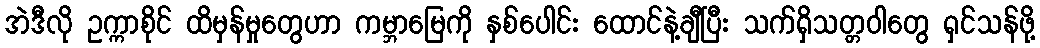
အဲဒီလို ဥက္ကာစိုင် ထိမှန်မှုတွေဟာ ကမ္ဘာမြေကို နှစ်ပေါင်း ထောင်နဲ့ချီပြီး သက်ရှိသတ္တဝါတွေ ရှင်သန်ဖို့